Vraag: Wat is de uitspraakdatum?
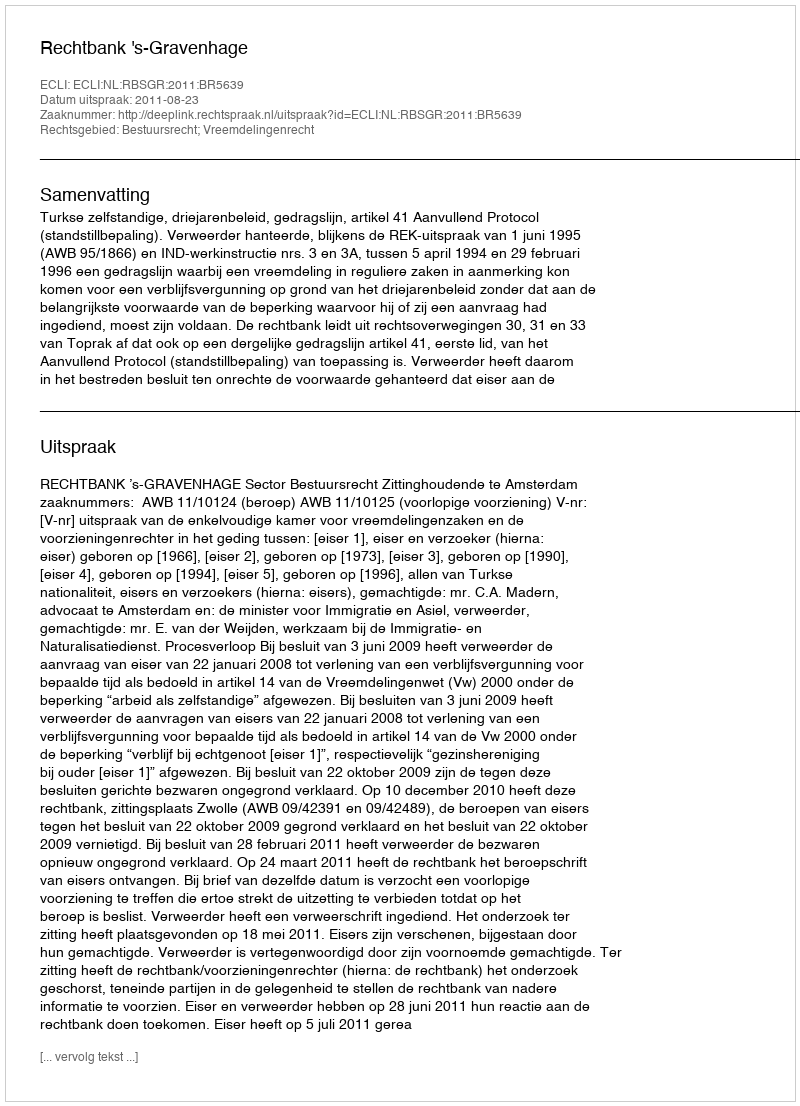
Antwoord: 2011-08-23